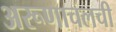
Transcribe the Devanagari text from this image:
अरूणाचलची